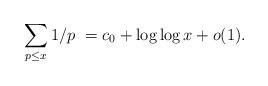
LaTeX: \begin{align*}\sum_{p \le x} 1/p \ = c_0 + \log \log x + o(1). \end{align*}